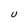
Character: U